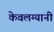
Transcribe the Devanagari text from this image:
केवलग्यानी